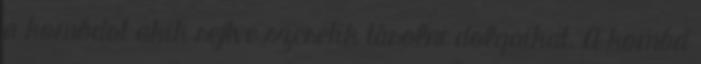
a komódot akik rejtve szeretik tárolni dolgaikat. A komód